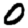
Digit: 0